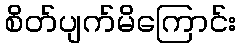
စိတ်ပျက်မိကြောင်း